Annual statistical returns and brief notes on vaccination in Bengal - 1887-1898
Year: 1887
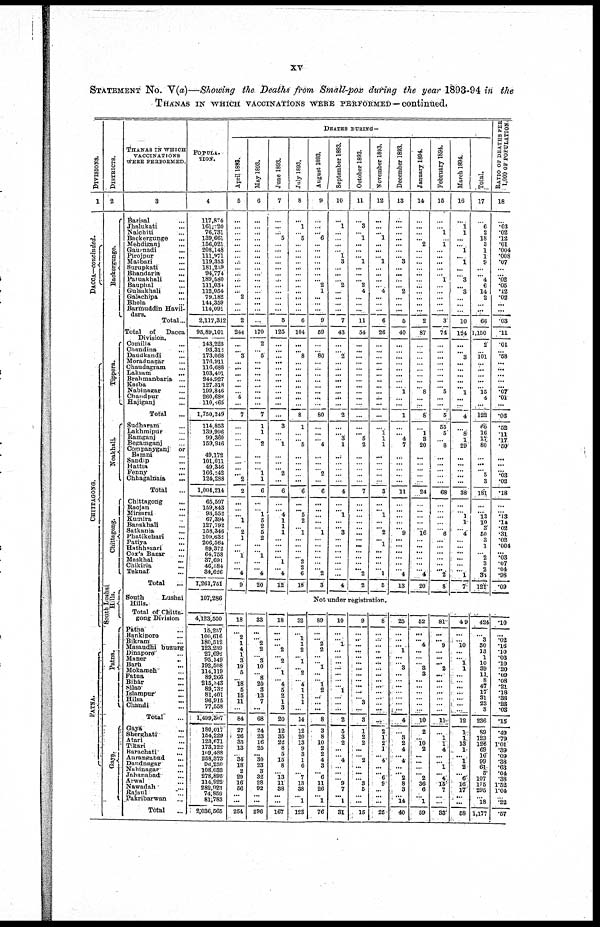
xv
STATEMENT NO. V(a)—Showing the Deaths from Small-pox during the year 1893-94 in the
THANAS IN WHICH VACCINATIONS WERE PERFORMED—continued.
DIVISIONS.
1
DACCA—concluded.
CHITTAGONG.
PATNA.
DISTRICTS.
2
Backergunge.
Tippera.
Noakhali.
Chittagong.
South Lushai
Hills.
Patna.
Gaya.
THANAS IN WHICH
VACCINATIONS
WERE PERFORMED.
3
Barisal ...
Jhalukati ...
Nalchiti ...
Backergunge ...
Mehdiganj ...
Gaurnadi
...
Pirojpur ...
Matbari ...
Surupkati ...
Bhandaria ...
Paruakhali
...
Bauphal ...
Gulsakhali
...
Galachipa ...
Bhola ...
Barmuddin Havil-
dars.
Total...
Total of
Dacca
Division.
Comilla ...
Chandina
...
Daudkandi ...
Moradnagar ...
Chaudagram ...
Laksam
...
Brahmanbaria ...
Kasba ...
Nabinagar ...
Chandpur ...
Hajiganj ...
Total ...
Sudharam ...
Lakhmipur ...
Ramganj ...
Begamganj ...
Companyganj or
Bamni
...
Sandip
...
Hattia ...
Fenny
...
Chhagalnaia
...
Total ...
Chittagong ...
Raojan ...
Mirsarai ...
Kumira ...
Banskhali ...
Satkania ...
Phatikchari ...
Patiya ...
Hathhazari ...
Cox's Bazar ...
Maskhal ...
Chikiria ...
Teknaf ...
Total
...
South
Lushai
Hills.
Total of Chitta¬
gong Division
Patna
...
Bankipore ...
Bikram ...
Masaudhi buzurg
Dinapore ...
Manor
...
Barh
...
Mokameh ...
Fatua ...
Bihár ...
Silao ...
Islampur
Hilsa
...
Chandi ...
Total ...
Gaya ...
Sherghati ...
Atari ...
Tikari ...
Harachati ...
Aurangabad ...
Daudnagar ...
Nabinagar ...
Jahanabad ...
Arwal ...
Nawadah ...
Rajaul ...
Pakribarwan
...
Total
...
POPULA-
TION.
4
117,804
161,020
76,731
139,661
156,021
208,148
111,971
119,358
181,209
94,774
189,580
111,034
112,054 79,182 144,359 114,091
2,117,312
95,89,101
143,225
93,312
173,068
176,911
116,688
103,401
244,927
127,318
199,846
260,688
110,065
1,750,249
114,853
139,996
99,360
159,946
49,172
101,011
49,346
166,242
124,288
1,004,214
65,597
159,843
93,552
67,394
127,792
158,346
109,632
206,564
89,372
64,758
37,691
46,584
34,626
1,261,751
107,286
4,123,500
15,257
100,616
180,512
123,239
27,692
95,149
192,508
114,119
89,266
215,343
89,732
81,401
96,915
77,558
1,499,307
180,017
154,229
123,671
173,122
109,488
258,373
96,250
108,033
278,895
114,922
282,923
74,859
81,783
2,036,565
DEATHS DURING—
April 1893.
5
...
...
...
...
...
...
...
...
...
...
...
...
... 2
...
...
2
244
...
... 3
...
...
...
...
...
... 4
...
7
...
...
...
...
...
...
...
... 2
2
...
...
... 1
... 2
1
...
... 1
...
... 4
9
May 1893.
6
...
...
...
...
...
...
...
...
...
...
...
...
...
...
...
...
...
170
2
... 5
...
...
...
...
...
...
...
...
7
1
1
... 2
...
...
... 1
1
6
...
... 1
5
2
5
2
...
... 1
...
... 4
20
June 1893.
7
...
...
... 5
...
...
...
...
...
...
...
...
...
...
...
...
5
125
...
...
...
...
...
...
...
...
...
...
...
...
3
...
... 1
...
...
... 2
...
6
...
... 4
1
1
1
...
...
...
... 1
... 4
12
July 1893.
8
...
1
... 5
...
...
...
...
...
...
...
...
...
...
...
...
6
104
...
... 8
...
...
...
...
...
...
...
...
8
1
...
... 5
...
...
...
...
...
6
...
... 5
2
... 1
...
...
...
... 2
2
6
18
August 1893.
9
...
...
... 6
...
...
...
...
...
...
... 2
1
...
...
...
9
59
...
... 80
...
...
...
...
...
...
...
...
80
...
...
... 4
...
...
... 2
...
6
...
...
...
... ... 1
...
...
...
... ...
... 2
3
September 1893.
10
...
1
...
...
...
... 1
3
...
...
... 2
...
...
...
...
7
43
...
... 2
...
...
...
...
...
...
...
...
2
...
... 3
1
...
...
...
...
...
4
...
... 1
... ... 3
...
...
...
... ...
...
...
4
October 1893.
11
...
3
... 1
...
...
... 1
...
...
... 2
4
...
...
...
11
54
...
...
...
...
...
...
...
...
...
...
...
...
...
... 5
2
...
...
...
...
...
7
...
...
...
... ...
...
...
...
...
... ...
... 2
2
November 1893.
12
...
...
... 1
...
...
... 1
...
...
...
... 4
...
...
...
6
26
...
...
...
...
...
...
...
...
...
...
...
...
...
1 1
1
...
...
...
...
...
3
...
... 1
... ... 2
... 1
...
... ...
... 1
5
December 1893.
13
...
...
...
...
...
...
... 3
...
...
...
... 2
...
...
...
5
40
...
...
...
...
...
...
...
... 1
...
...
1
...
... 4
7
...
...
...
...
...
11
...
...
...
... ... 9
...
...
...
... ...
... 4
18
January 1894.
14
...
...
...
... 2
...
...
...
...
...
...
...
...
...
...
...
2
87
...
...
...
...
...
...
...
... 8
...
...
8
...
1
3
20
...
...
...
...
...
24
...
...
...
... ... 16
...
...
...
... ...
... 4
20
February 1894.
15
...
... 1
... 1
...
...
...
... 1
...
...
...
...
...
3
74
...
...
...
...
...
...
...
... 5
...
...
5
55
5
... 8
...
...
...
...
...
68
...
...
...
... ... 6
...
...
...
... ...
... 2
8
March 1894.
16
...
1
1
...
... 1
... 1
...
... 3
... 3
...
...
...
10
124
...
... 3
...
...
...
...
... 1
...
...
4
...
8
1
29
...
...
...
...
...
38
...
... 1
... ... 4
...
...
...
... ...
... 1
7
Total.
17
...
6
2
18
3
1
1
9
...
... 4
6
14
2
...
...
66
1,150
2
... 101
...
...
...
...
... 15
4
...
122
60
16
17
80
...
...
... 5
3
181
...
... 13
10 3
50
3
1
...
... ... 2
30
121
R ATIO OF DEATHS PER
1,000 OF POPULATION.
18
...
.03
.02
.12
.01
.004
.008
.07
...
... .02
.05
.12
.02
... ...
.03
.11
.01
... .58
...
...
...
...
... .07
.01
...
.06
.52
.11
.17
.50
...
...
... .03
.02
.18
...
... .13
.14 .02
.31
.02
.004
...
... ... .04
.98
.09
Not under registration.
18
... 2
1
4
1
3
19
5
... 18
5
15
11
...
84
27
26
33
13
... 34
18
2
29
16
56
...
...
254
33
...
... 2
2
... 3
10
... 8
20
3
13
7
...
68
24
23
16
25
... 30
23
3
32
28
92
...
...
296
18
...
...
... 2
... 2
... 1
... 4
5
2
1
3
20
12
35
22
8
5
15
8
... 13
11
38
... ...
167
32
... 1
... 2
... 1
... 2
... 4
1
1
1
...
14
12
20
13
9
3
1
6
... 7
13
38
... 1
123
89
...
... 2
2
...
... 1
...
... 1
2
...
...
...
8
3
8
10
2
2
4
3
... 6
11
26
... 1
76
10
...
... 1
...
... ...
... ...
...
... 1
...
... ...
2
5
3
2
...
... 4
...
... ... 9
7
... 1
31
9
...
...
... ...
...
...
... ...
...
...
... ... 3
...
3
1
2
2
...
... 2
...
... ... 3
5
... ...
15
8
...
...
... ... ...
...
... ...
...
...
... ...
...
...
...
2
1
2
1
... 4
...
... 6
9
...
...
...
25
25
...
...
... 1
...
... 3
...
...
...
... ...
...
...
4
...
3
2
...
... 4
...
... 2
8
3
... 14
40
52
...
...
... ...
...
...
3 3
...
...
... ...
...
...
10
2
... 10
2
...
...
...
... 2
36
6
... 1
59
81
...
...
... ...
...
...
... ...
...
...
... ...
...
...
11
...
1
1
...
...
... 1
... 4
15
7
...
...
33
49
...
...
... ...
... 1
... ...
...
...
... ...
...
...
12
1
1
13
...
... 1
2
... 6
16
17
...
...
68
424
...
3
... 13
... 10
39 11
8
47
17 31
23
3
236
89
123
126
69
10
99
61
5 107
175
295
... 18
1,177
.10
...
.02
.16 .10
.03
.10
.20 .09
.08 .21
.18 .38
.23
.03
.15
.49
.79
1.01
.39 .09
.38
.63
.04 .38
1.52
1.04
... .22
.57